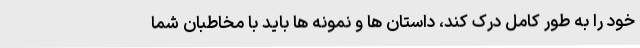
خود را به طور کامل درک کند، داستان ها و نمونه ها باید با مخاطبان شما